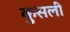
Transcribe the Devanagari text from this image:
कुसली